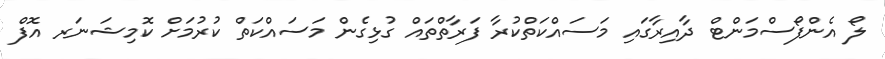
ލޯ އެންފޯސްމަންޓް ދާއިރާގައި މަސައްކަތްކުރާ ފަރާތްތައް ގުޅިގެން މަސައްކަތް ކުރުމަށް ކޮމިޝަނަރ އޮފް